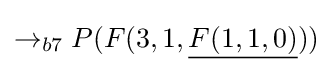
\rightarrow _{b7}P(F(3,1,{\underline {F(1,1,0)}}))